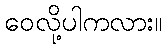
ဝေလို့ပါကလား။